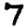
Digit: 7